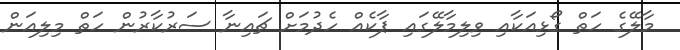
މާލޭގެ ހަތް ގޯޅިއަކާއި ވިލިމާލޭގައި ޕާކެއް ހެދުމަށް ޗައިނާ ސަރުކާރުން ހަތް މިލިއަން